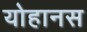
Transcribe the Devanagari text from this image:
योहानस